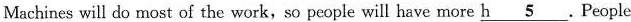
Machines will do most of the work,so people will have more h \underline{5}. People